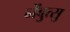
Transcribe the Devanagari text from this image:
नेंबुत्सु